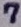
Text: 7